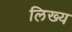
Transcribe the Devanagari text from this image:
लिख्य